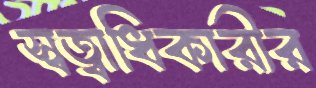
স্বত্বাধিকারীর